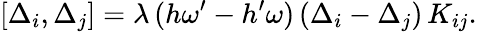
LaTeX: [\Delta_{i},\Delta_{j}]=\lambda\, (h\omega^{\prime}-h^{\prime}\omega)\, (\Delta_{i}-\Delta_{j})\, K_{ij}.